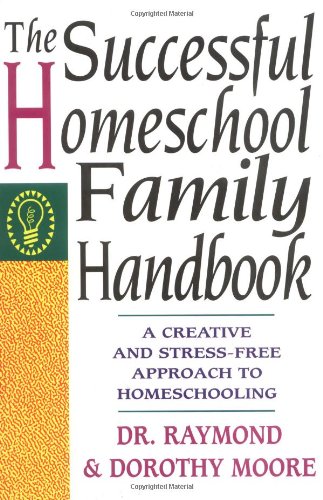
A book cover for The Successful Homeschool Family Handbook; Dorothy Moore; Christian Books & Bibles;